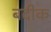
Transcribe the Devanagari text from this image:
बदीक